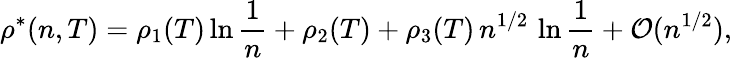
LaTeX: \rho^{*}(n,T)=\rho_{1}(T)\ln\frac{1}{n}+\rho_{2}(T)+\rho_{3}(T)\, n^{1/2}\, \ln\frac{1}{n}+{\cal O}(n^{1/2}),